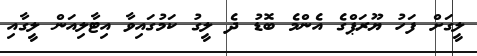
ލީގަށް ފަހު ޔޫރަޕްގެ އެންމެ ބޮޑު ދެ ލީގު ކަމުގައިވާ އިޓާލިއަން ލީގާއި